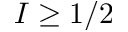
I \geq 1 / 2